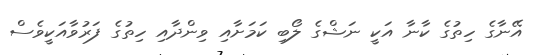
އޭނާގެ ހިތުގެ ކާނާ އަކީ ނަޝްގެ ލޯބި ކަމަށާއި ވިންދާއި ހިތުގެ ފަރުވާއަކީވެސް